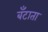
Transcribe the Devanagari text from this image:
बँटाता